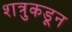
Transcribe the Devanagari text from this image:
शत्रुकडून